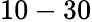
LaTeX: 10-30